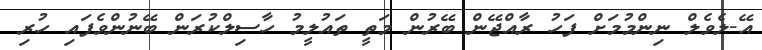
އޭ-ލެވެލް ނިންމުމަށް ފަހު ރާއްޖޭން ބޭރުން މަތީ ތައުލީމު ހާސިލްކުރަން ބޭނުންވެފައި ހުރި